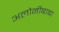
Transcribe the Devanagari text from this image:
अलोनीबाबा